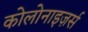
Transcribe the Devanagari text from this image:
कोलोनाइज़र्स